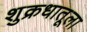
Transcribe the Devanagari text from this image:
शुक्रधातूला